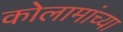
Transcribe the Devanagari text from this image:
कोलामांच्या